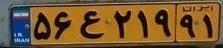
۵۶ع۲۱۹۹۱